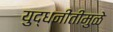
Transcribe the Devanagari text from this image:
युद्धनीतीमुळे